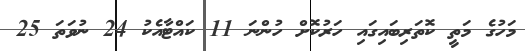
މަހުގެ މަތީ ކޮތަރިބައިގައި ހަރުކޮށް ހުންނަ 11 ކައްޓާއެކު 24 ނުވަތަ 25